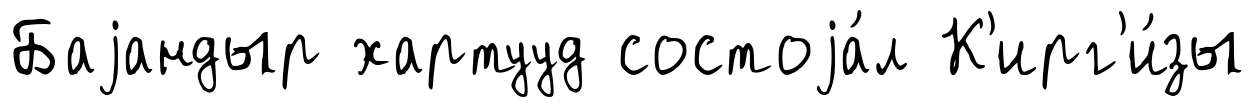
Баjандыр хартууд состоjа́л К'ирг'и́зы